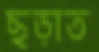
ছড়াত